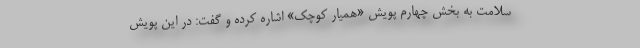
سلامت به بخش چهارم پویش «همیار کوچک» اشاره کرده و گفت: در این پویش